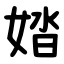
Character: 㛥